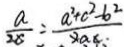
\frac { a } { 2 c } = \frac { a ^ { 2 } + c ^ { 2 } - b ^ { 2 } } { 2 a c }